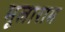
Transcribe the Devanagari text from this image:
मूलाराम